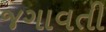
જગાવતી